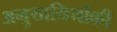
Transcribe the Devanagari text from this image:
अनुयायियोंकी